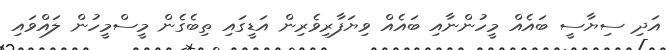
އަދި ސިޔާސީ ބައެއް މީހުންނާއި ބައެއް ވިޔަފާރިވެރިން އަޑީގައި ތިބެގެން މީސްމީހުން ލައްވައި